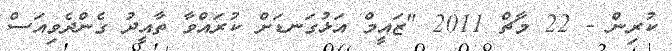
ކުރިން - 22 މާޗް 2011 "ޒައީމް އަޅުގަނޑަށް ކުރައްވާ ތާއީދު ގެންދެވިއަސް